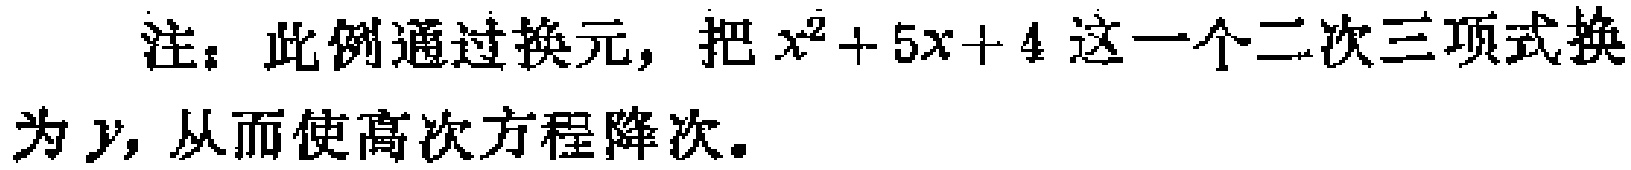
注：此例通过换元，把\(x^{2}+5x + 4\)这一个二次三项式换为\(y\)，从而使高次方程降次。